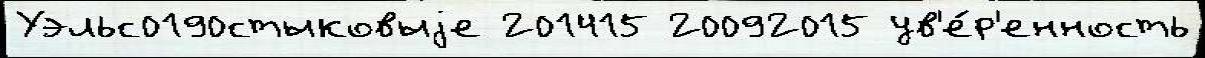
Уэльс0190стыковыjе 201415 20092015 ув'е́р'енность